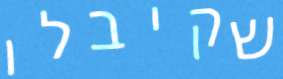
שקיבלו